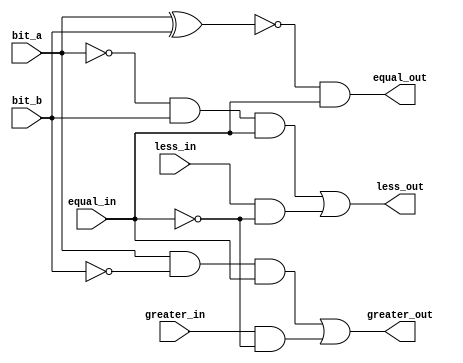
// Module for 1 bit comparator

// Module declaration
module one_bit_comparator(bit_a, bit_b, less_in, equal_in, greater_in, less_out, equal_out, greater_out);
	
	//Input Bits
	input bit_a ;
	input bit_b ;

	//Input less, equal or greater bits till now
	input less_in;
	input equal_in;
	input greater_in;

	//Output less, equal or greater bits after this comparison
	output wire less_out;
	output wire equal_out;
	output wire greater_out;

	// Combinational logic for less_out, equal_out, greater_out
	assign less_out = ((~bit_a) & bit_b)&(equal_in) | (less_in & (~equal_in));
	assign equal_out = (~(bit_a^bit_b)) & equal_in;
	assign greater_out = ((bit_a & (~bit_b))&(equal_in)) | (greater_in & (~equal_in));

endmodule